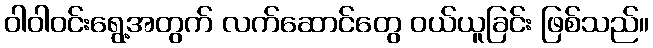
ဝါဝါဝင်းရွေ့အတွက် လက်ဆောင်တွေ ဝယ်ယူခြင်း ဖြစ်သည်။